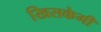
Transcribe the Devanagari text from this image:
खिसकेगी